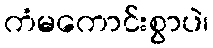
ကံမကောင်းစွာပဲ၊